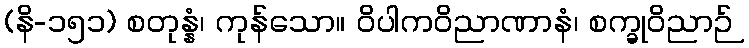
(နိ-၁၅၁) စတုန္နံ၊ ကုန်သော။ ဝိပါကဝိညာဏာနံ၊ စက္ခုဝိညာဉ်